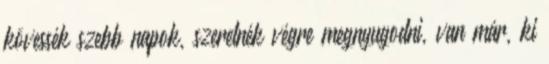
kövessék szebb napok, szeretnék végre megnyugodni, van már, ki